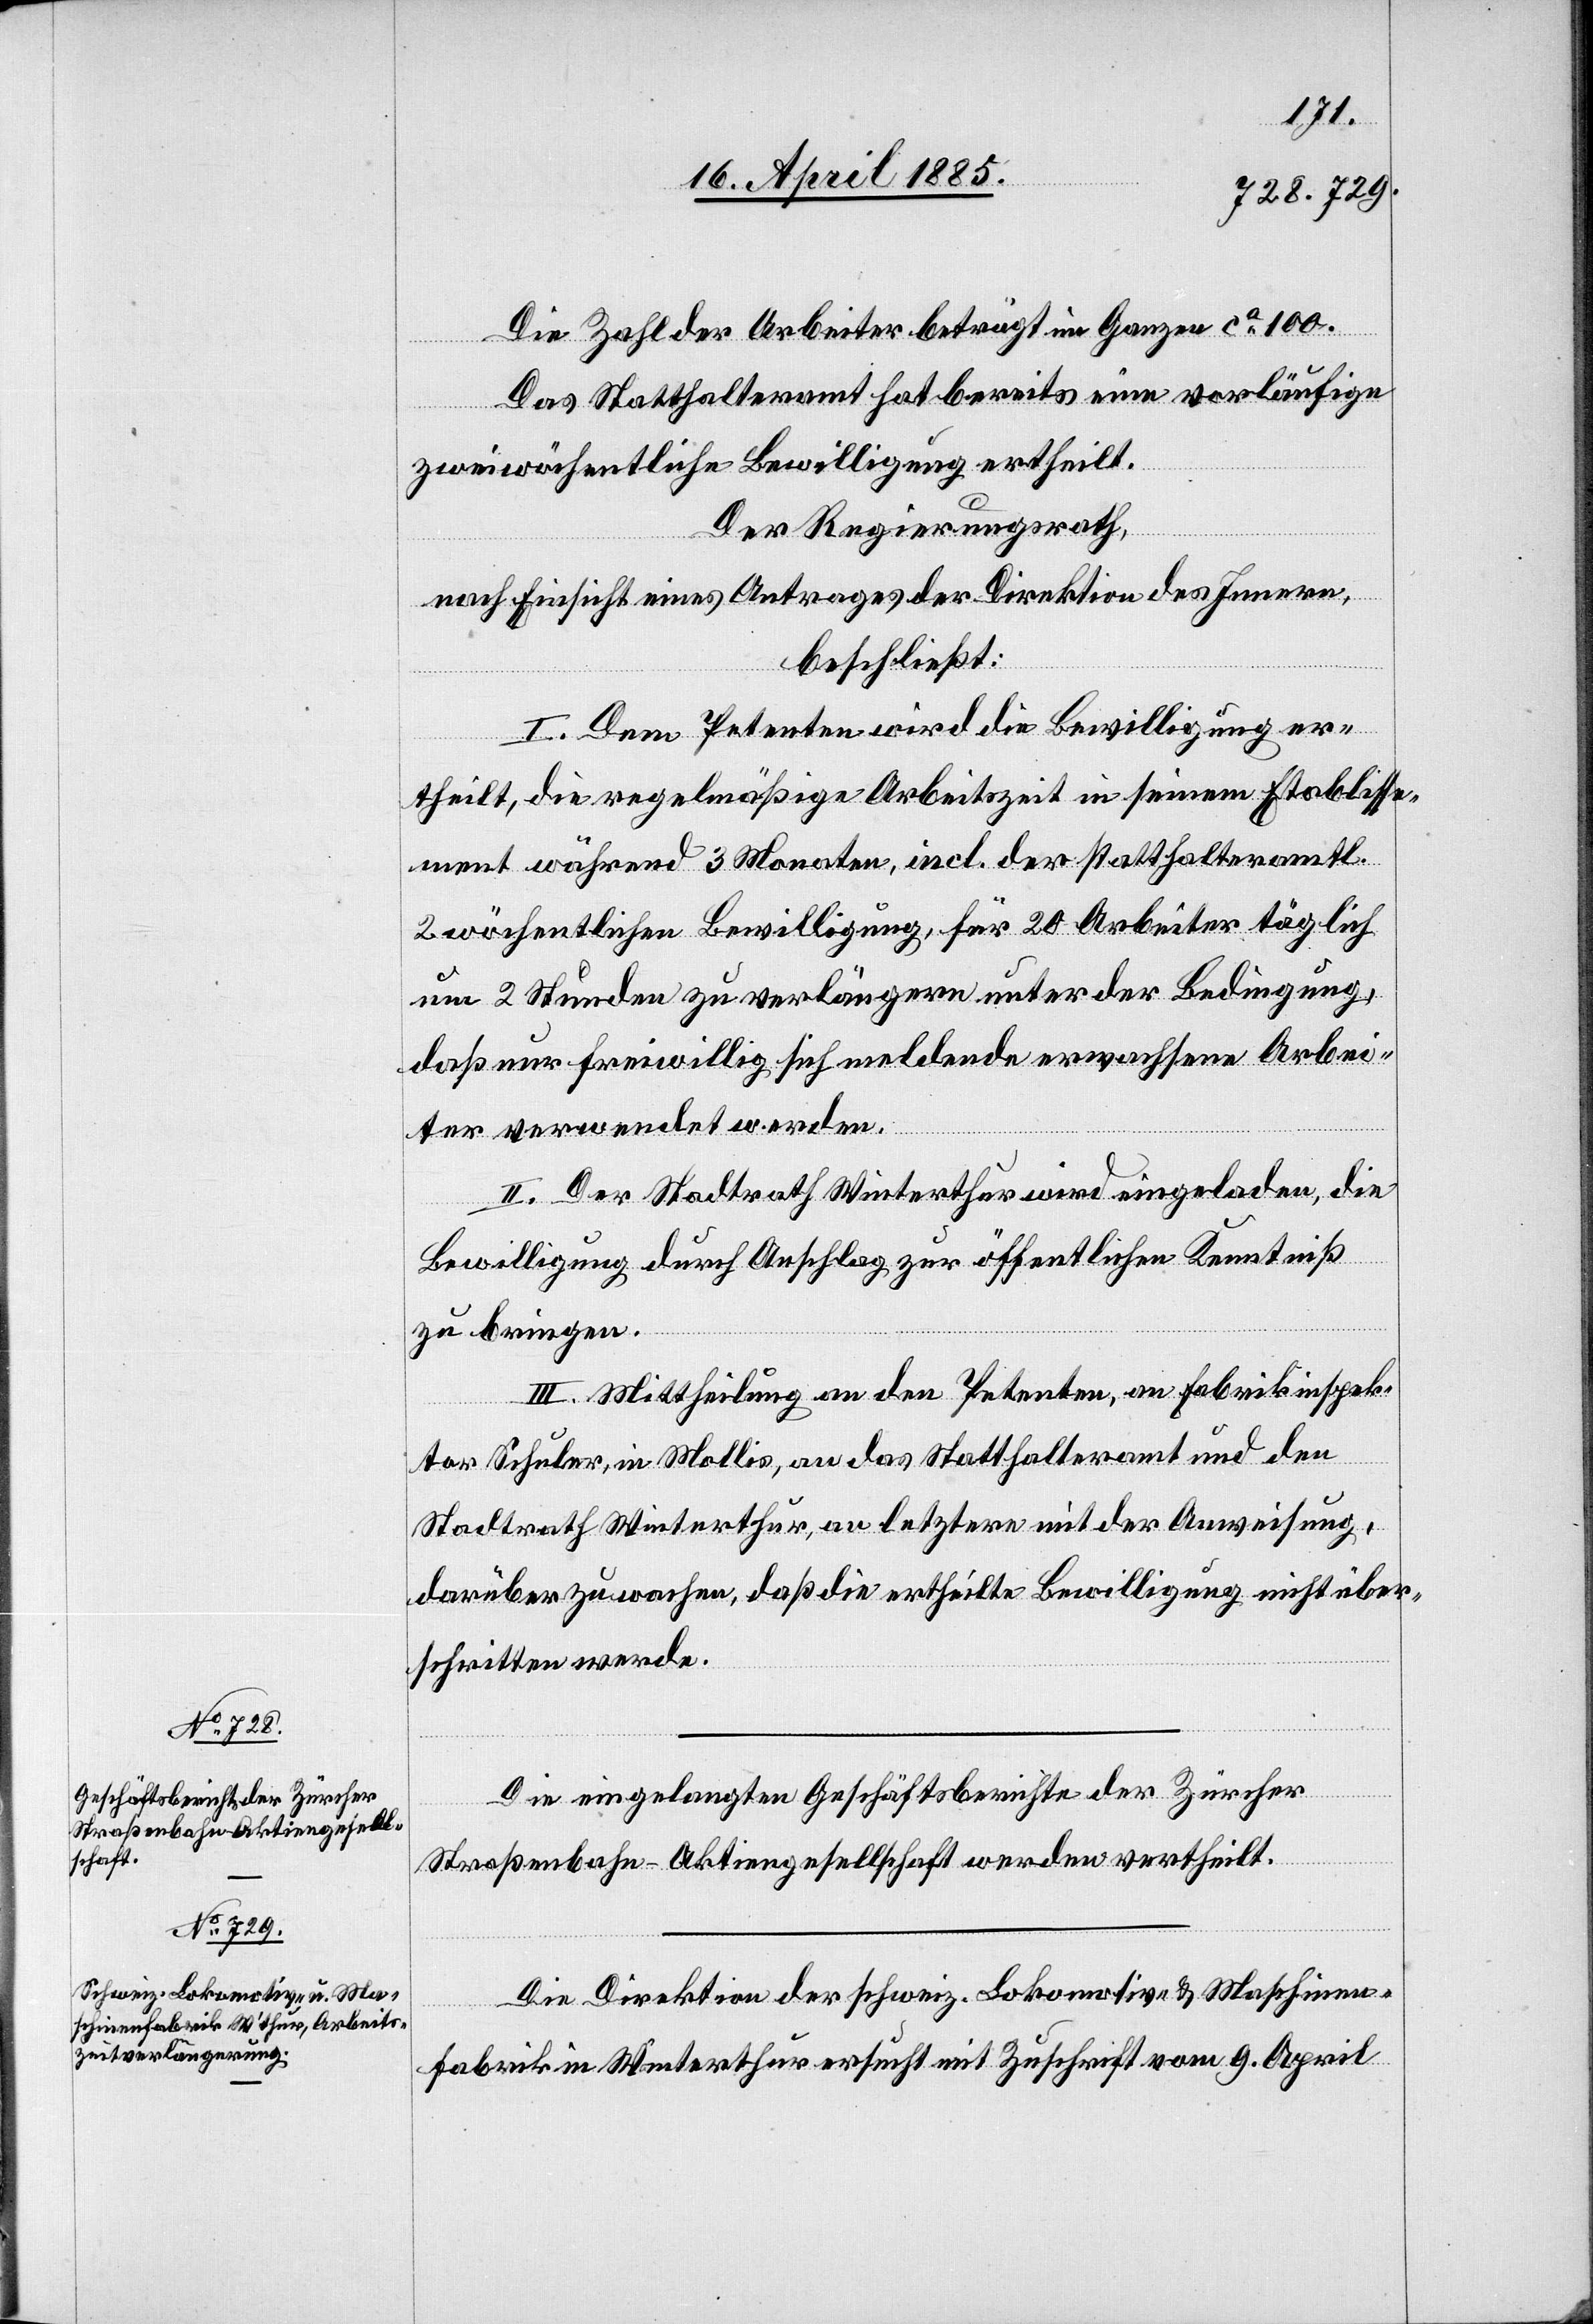
Die Zahl der Arbeiter beträgt im Ganzen ca 100.
Das Statthalteramt hat bereits eine vorläufige
zweiwöchentliche Bewilligung ertheilt.
Der Regierungsrath,
nach Einsicht eines Antrages der Direktion des Innern,
beschließt:
I. Dem Petenten wird die Bewilligung er¬
theilt, die regelmäßige Arbeitszeit in seinem Etablisse¬
ment während 3 Monaten, incl. der statthalteramtl.
2 wöchentlichen Bewilligung, für 20 Arbeiter täglich
um 2 Stunden zu verlängern unter der Bedingung,
daß nur freiwillig sich meldende erwachsene Arbei¬
ter verwendet werden.
II. Der Stadtrath Winterthur wird eingeladen, die
Bewilligung durch Anschlag zur öffentlichen Kenntniß
zu bringen.
III. Mittheilung an den Petenten, an Fabrikinspek¬
tor Schuler, in Mollis, an das Statthalteramt und den
Stadtrath Winterthur, an letztern mit der Anweisung,
darüber zu wachen, daß die ertheilte Bewilligung nicht über¬
schritten werde.
Die eingelangten Geschäftsberichte der Zürcher
Straßenbahn-Aktiengesellschaft werden ertheilt.
Die Direktion der schweiz. Lokomotiv- & Maschinen¬
fabrik in Winterthur ersucht mit Zuschrift vom 9. April